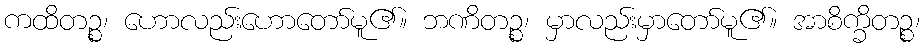
ကထိတဉ္စ၊ ဟောလည်းဟောတော်မူ၏။ ဘဏိတဉ္စ၊ မှာလည်းမှာတော်မူ၏။ အာစိက္ခိတဉ္စ၊